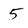
Character: 5